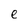
Character: e